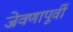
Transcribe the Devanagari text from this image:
जेवणापूर्वी